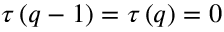
\tau \left( q - 1 \right) = \tau \left( q \right) = 0